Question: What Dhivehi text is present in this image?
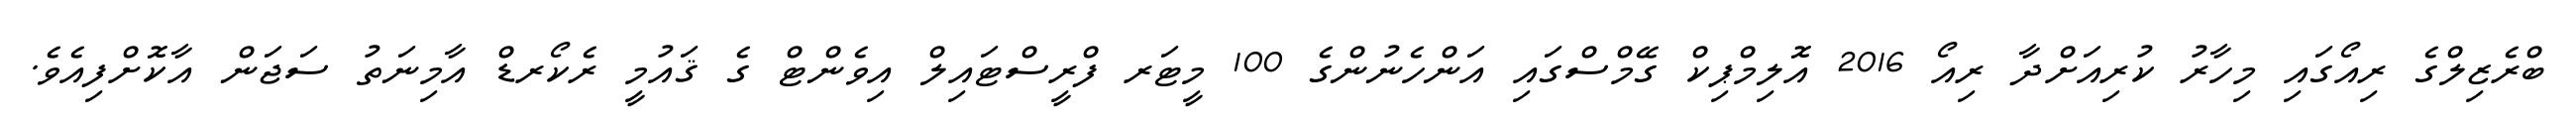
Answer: ބްރެޒިލްގެ ރިއޯގައި މިހާރު ކުރިއަށްދާ ރިއޯ 2016 އޮލިމްޕިކް ގޭމްސްގައި އަންހެނުންގެ 100 މީޓަރ ފްރީސްޓައިލް އިވެންޓް ގެ ޤައުމީ ރެކޯރޑް އާމިނަތު ސަޖަން އާކޮށްފިއެވެ.